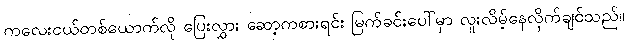
ကလေးငယ်တစ်ယောက်လို ပြေးလွှား ဆော့ကစားရင်း မြက်ခင်းပေါ်မှာ လူးလိမ့်နေလိုက်ချင်သည်။